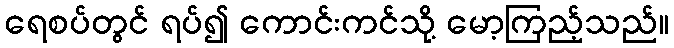
ရေစပ်တွင် ရပ်၍ ကောင်းကင်သို့ မော့ကြည့်သည်။